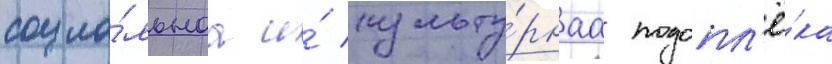
социа́льнаа и́ культу́рнаа подопл'ё́ка